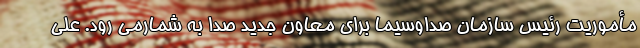
مأموریت رئیس سازمان صداوسیما برای معاون جدید صدا به شمارمی رود. علی